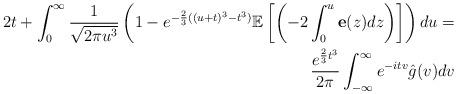
LaTeX: \begin{align*}2t+\int_{0}^{\infty} \frac{1}{\sqrt{2\pi u^3}}\left(1-e^{-\frac{2}{3}((u+t)^3-t^3)}\mathbb{E}\left[ \left(-2\int_{0}^{u} \textbf{e}(z)dz \right)\right]\right)du=\\\frac{e^{\frac{2}{3}t^3}}{2\pi} \int_{-\infty}^{\infty} e^{-itv} \hat{g}(v)dv\end{align*}